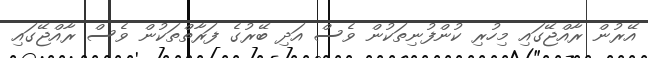
އޭރުން ރާއްޖޭގައި މިހުރި ކުންފުނިތަކުން ވެސް އަދި ބޭރުގެ ފަރާތްތަކުން ވެސް ރާއްޖޭގައި